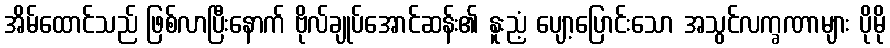
အိမ်ထောင်သည် ဖြစ်လာပြီးနောက် ဗိုလ်ချုပ်အောင်ဆန်း၏ နူးညံ့ ပျော့ပြောင်းသော အသွင်လက္ခဏာများ ပိုမို